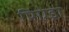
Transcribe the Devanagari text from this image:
पिएड्रा